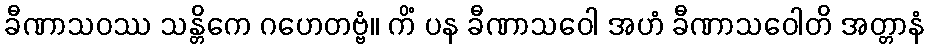
ခီဏာသဝဿ သန္တိကေ ဂဟေတဗ္ဗံ။ ကိံ ပန ခီဏာသဝေါ အဟံ ခီဏာသဝေါတိ အတ္တာနံ